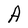
Character: A